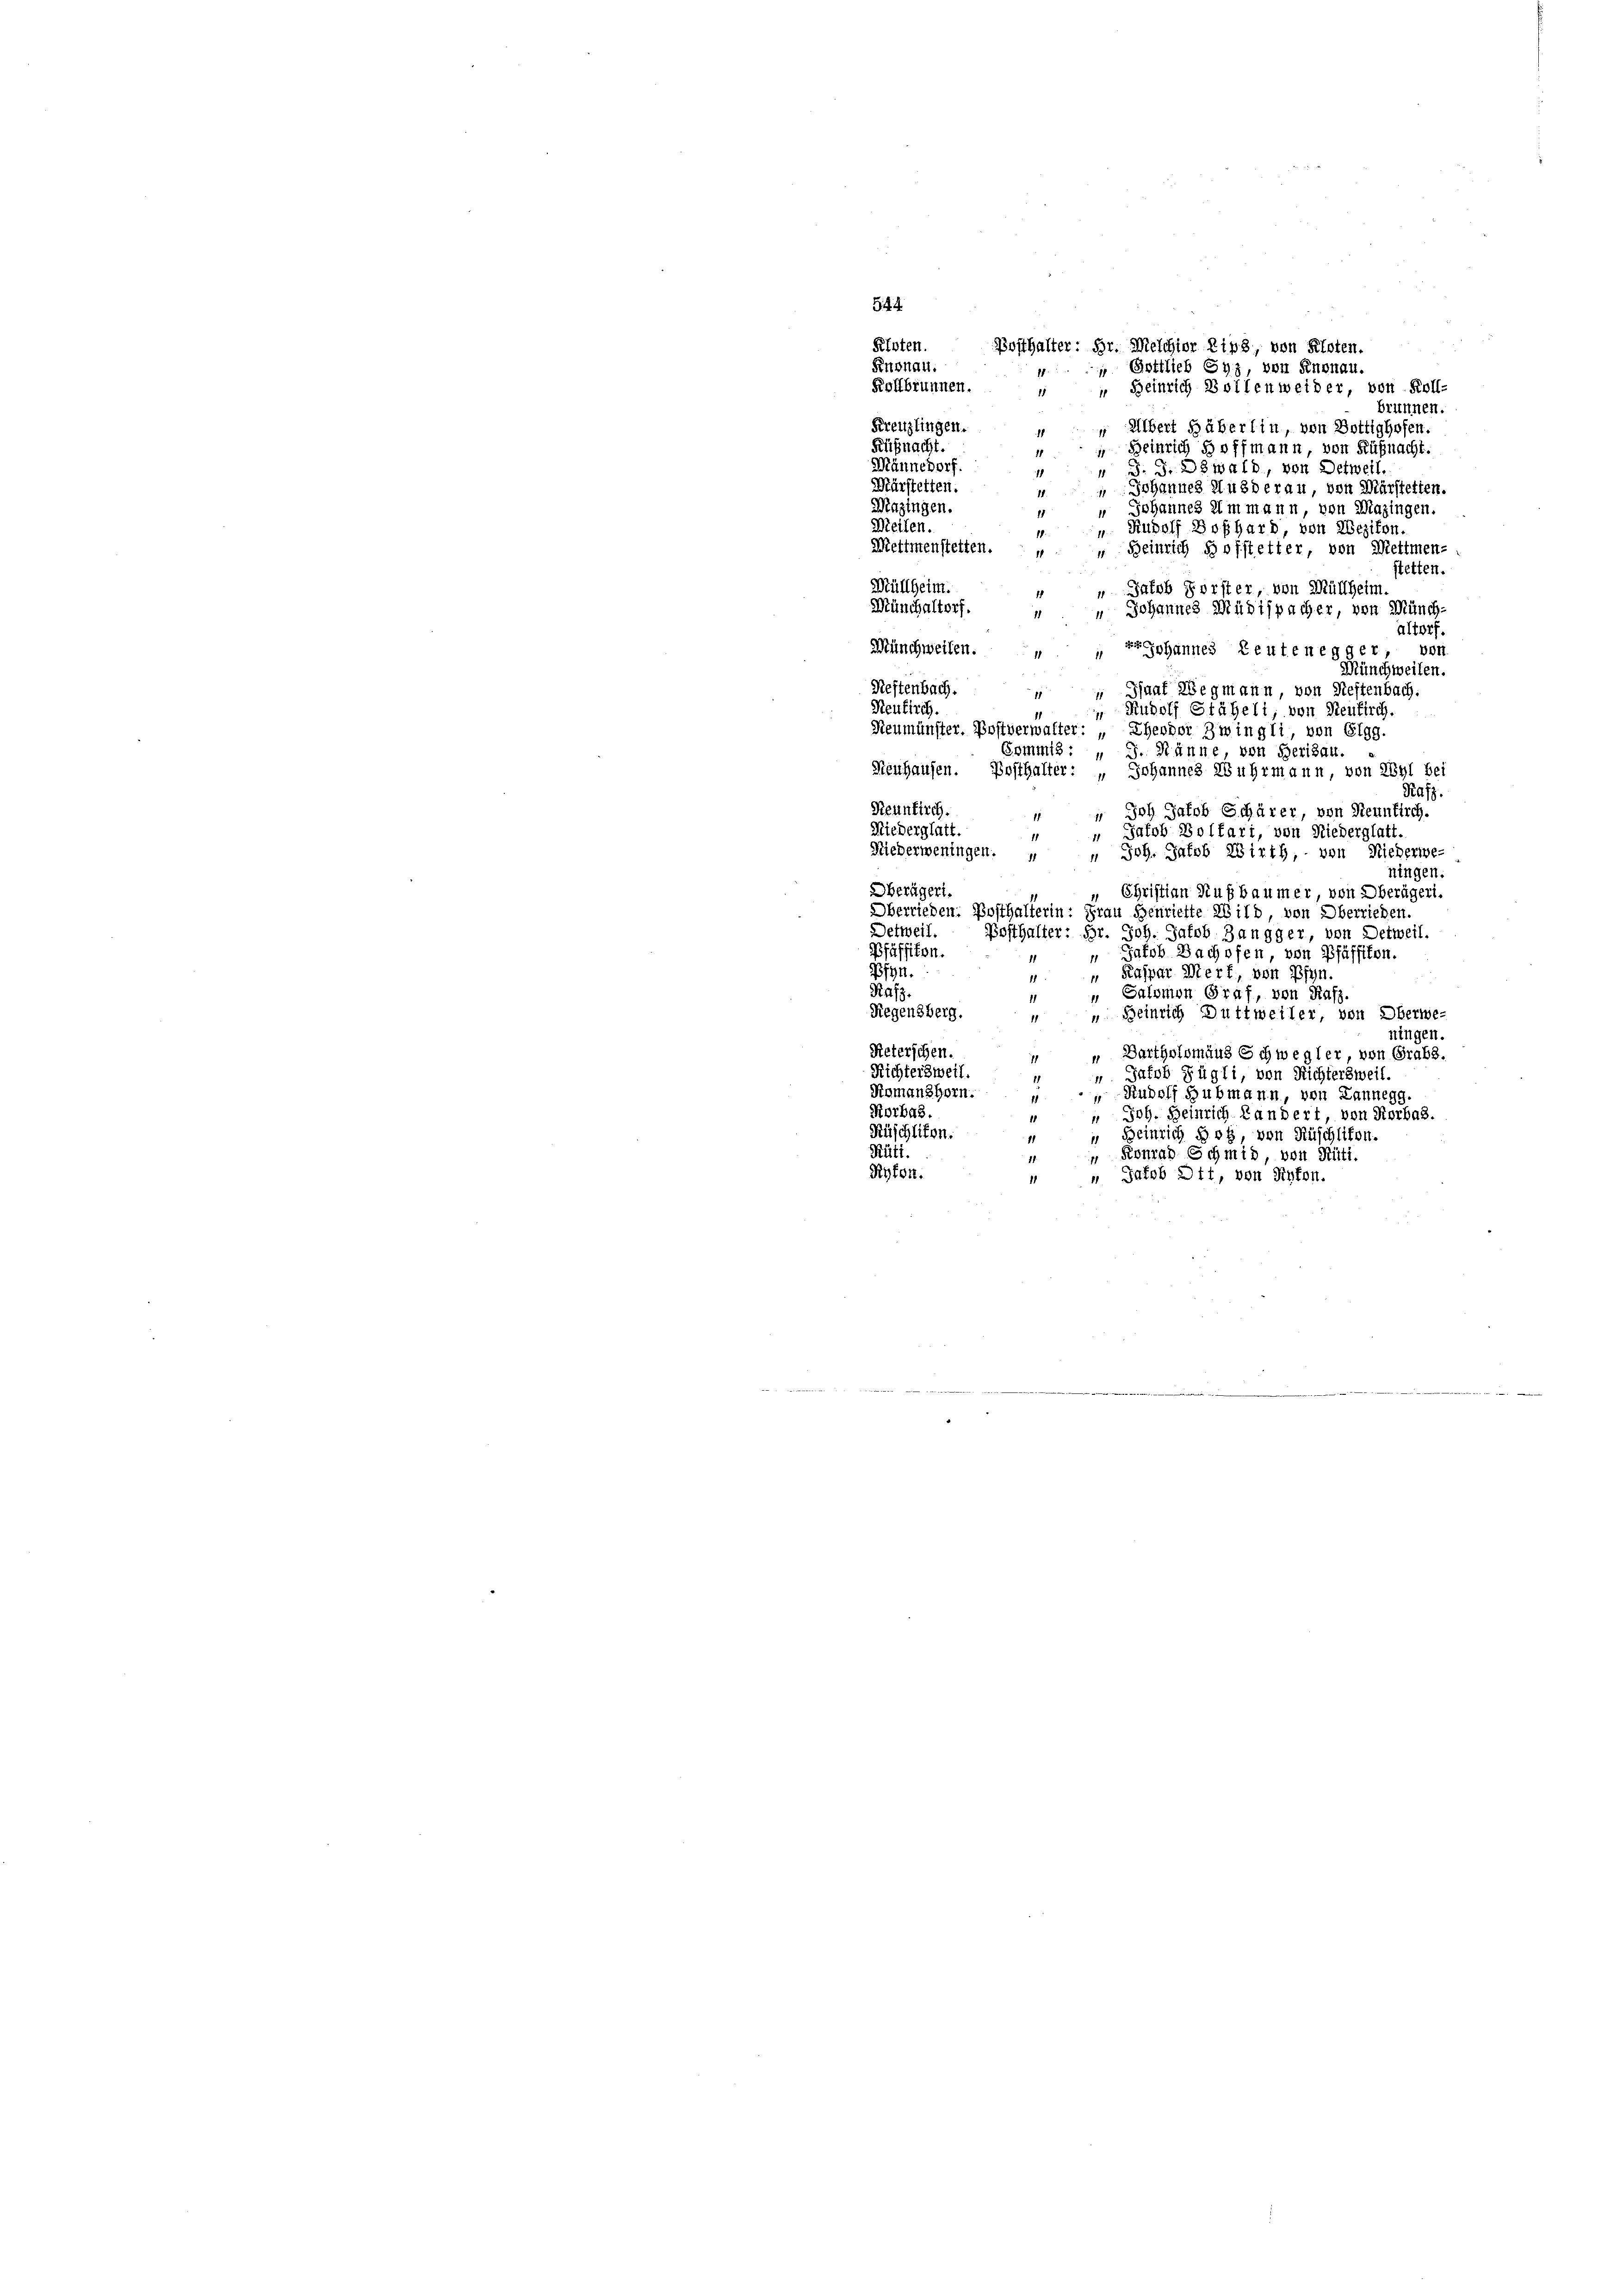
544.
Ploten.
Posthalter: Hr. Melchior Lips, von Kloten.
Knonau.
 Gottlieb Syz, von Knonau.
Kolfbrunnen.
Beinrich Bollenweider, von Roll-
15
brunnen.
Kreuzlingen.
Albert Häberlin, von Bottighofen.
Küßnacht.
Heinrich Hoffmann, von Küßnacht.
Männedorf.
. Dzwald, von Detweil.
Mürstetten.
annes Ausderau, von Märstetten.
Mazingen.
Johannes im mann, von Mazingen.
Meilen.
dolf Boßhard, von Wezikon
Mettmenstetten.
einrich hofftetter, von Mettmen-
stetten.
Müllheim.
akob Forster, von Müllheim.
Münchaltorf.
Johannes Müdispacher, von Münch
altorf.
Münchweilen.
phannes Leutenegger, von
Münchweilen.
Reftenbach.
 Ginat Wegmann, von Neftenbach.
11
Reukirch.
 Rudolf Stäheli von Reutlich.
Neumünster. Postverwalter: „Eheodor Zwingli, von Elgg.
Gommis : „ J. Manne von Herisau.
Neuhausen. Posthalter: „Johannes Wuhrmann, von Wyl bei
Pasz.
Reunkirch.
Joh Jakob Schärer, von Steunkirch.
11
Niederglatt.
“ Jakob Bolfari, von Niederglatt.
11
Niederweningen. „ „ Joh. Jakob Wirth, von Nieberwe-
ningen.
berägeri
„ Christian Nußbaumer, von Oberägeri.
Oberrieden. Posthalterin: Frau Henriette Wild, von Oberrieden.
Oetweil.
Posthalter: Hr. Joh. Jakob Zangger, von Detweil.
Pfäffikon.
Jakob Bachofen, von Pfäffikon.
 Kaspar Merf, von Pfyn
B794.
87
" Salomon Graf, von Rafz.
13.
Regensberg.
» Beinrich Duttweiler, von Oberwe¬
11
ningen.
Reterschen.
Bartholomäus Schwegler von Grabs.
Richtersweil.
Jakob Fügli, von Richtersweil.
Riomanshorn.
Rudolf Hubmann, von Lannegg.
Korbas.
Joh. Heinrich andert, von Rorbas.
Rüschlikon.
Heinrich Hof, von Rüschlikon.
Rüti.
 Konrad Schmid, von Rüti.
Ryfen.
" Jacob Dtt, von Rufen.